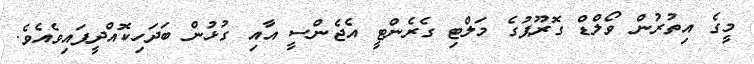
މީގެ އިތުރުން ވޯލްޑް ގޮރޫޕުގެ މަލްޓި ގެރެންޓީ އެޖެންސީ އާއި ގުޅުން ބަދަހިކޮއްދީފައިވެއެވެ.